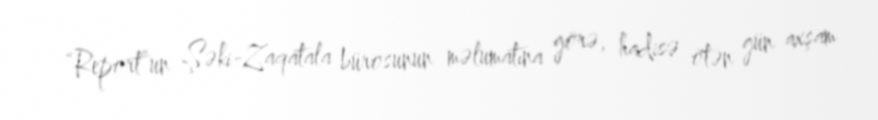
“Report”un Şəki-Zaqatala bürosunun məlumatına görə, hadisə ötən gün axşam